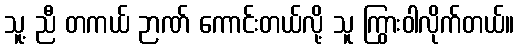
သူ့ ညီ တကယ် ဉာဏ် ကောင်းတယ်လို့ သူ ကြွားဝါလိုက်တယ်။